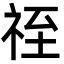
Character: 祬